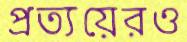
প্রত্যয়েরও